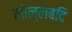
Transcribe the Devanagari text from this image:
लोल्लबदि